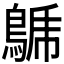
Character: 𪁦